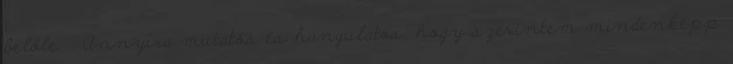
belőle. : Annyira mutatós és hangulatos, hogy szerintem mindenképp